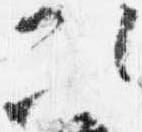
次